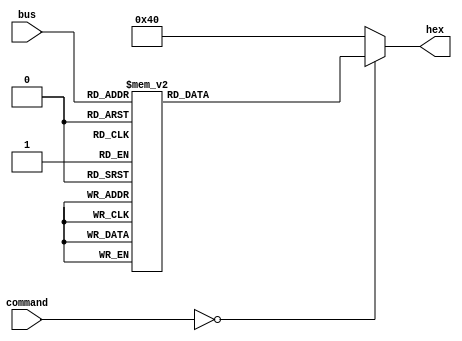
module hex_to_sevenseg_decoder(bus, command, hex);
		input [3:0] bus;
		input [4:0] command;
		output reg[6:0] hex;
    always@(bus) begin
		if(command == 5'b00000) begin
        case(bus)
             4'b0000 : begin hex = 7'b1000000; end
             4'b0001 : begin hex = 7'b1111001; end
             4'b0010 : begin hex = 7'b0100100; end
             4'b0011 : begin hex = 7'b0110000; end
             4'b0100 : begin hex = 7'b0011001; end
             4'b0101 : begin hex = 7'b0010010; end
             4'b0110 : begin hex = 7'b0000010; end
             4'b0111 : begin hex = 7'b1111000; end
             4'b1000 : begin hex = 7'b0000000; end
             4'b1001 : begin hex = 7'b0010000; end
             4'b1010 : begin hex = 7'b0001000; end
             4'b1011 : begin hex = 7'b0000011; end
             4'b1100 : begin hex = 7'b1000110; end
             4'b1101 : begin hex = 7'b0100001; end
             4'b1110 : begin hex = 7'b0000110; end
             4'b1111 : begin hex = 7'b0001110; end
             default : begin hex = 7'b1000000; end
        endcase
		  end
		  else hex = 7'b1000000;
    end

endmodule